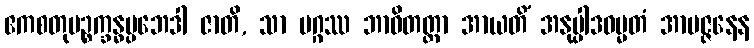
ဧကစတုပဉ္စက္ခန္ဓပ္ပဘေဒါ ဇာတိ, သာ မဂ္ဂဿ ဘာဝိတတ္တာ အာယတိံ အနုပ္ပါဒဓမ္မတံ အာပဇ္ဇနေန